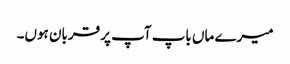
میرے ماں باپ آپ پر قربان ہوں۔